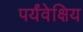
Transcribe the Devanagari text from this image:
पर्यंवेक्षिय